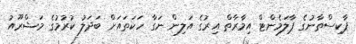
ޕާކިސްތާނުގެ ޕާލަމެންޓް އިމާރާތް އިރުގެ އަލިން ނަގާ ހަކަތައަށް ބަދަލު ކުރުމުގެ މަޝްރޫއު